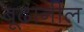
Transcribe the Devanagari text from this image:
बूढानील